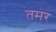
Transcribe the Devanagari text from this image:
तमर